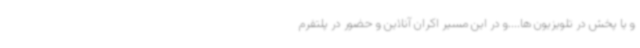
و یا پخش در تلویزیون ها....و در این مسیر اکران آنلاین و حضور در پلتفرم